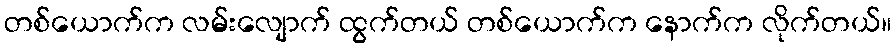
တစ်ယောက်က လမ်းလျောက် ထွက်တယ် တစ်ယောက်က နောက်က လိုက်တယ်။